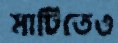
মাটিতেও